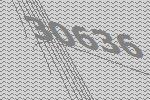
30636